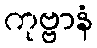
ကုဗ္ဗာနံ